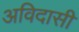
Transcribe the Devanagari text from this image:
अविदासी